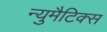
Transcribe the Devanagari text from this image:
न्युमैटिक्स